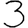
Digit: 3